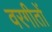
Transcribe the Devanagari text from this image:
वरगीतों